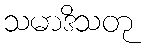
သမာဒိသတု